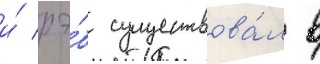
и́ рэ́б существова́л в